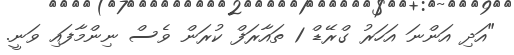
"އަދި އަންނަ އަހަރު ގްރޭޑް 1 ތައާރަފް ކުރަން ވެސް ނިންމާފައި ވަނީ.